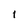
Character: 1